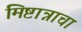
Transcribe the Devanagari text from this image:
मिष्टान्नाचा